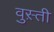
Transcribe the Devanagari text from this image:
वुस़्ती